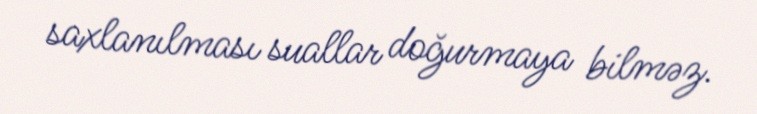
saxlanılması suallar doğurmaya bilməz.